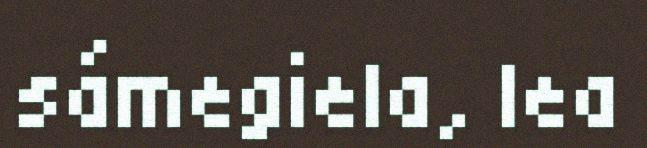
sámegiela, lea